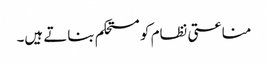
مناعتی نظام کو مستحکم بناتے ہیں۔